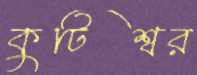
কুটিশ্বর